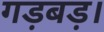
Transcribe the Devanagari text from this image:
गड़बड़।